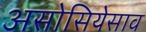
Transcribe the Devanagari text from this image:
असोसियेसाव